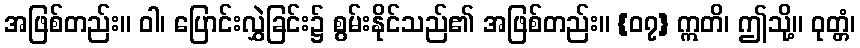
အဖြစ်တည်း။ ဝါ၊ ပြောင်းလွှဲခြင်း၌ စွမ်းနိုင်သည်၏ အဖြစ်တည်း။ {၀၇} ဣတိ၊ ဤသို့။ ဝုတ္တံ၊